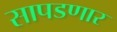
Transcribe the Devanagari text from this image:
सापडणार